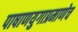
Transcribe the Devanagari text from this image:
पाषाणयुगाप्रमाणेच